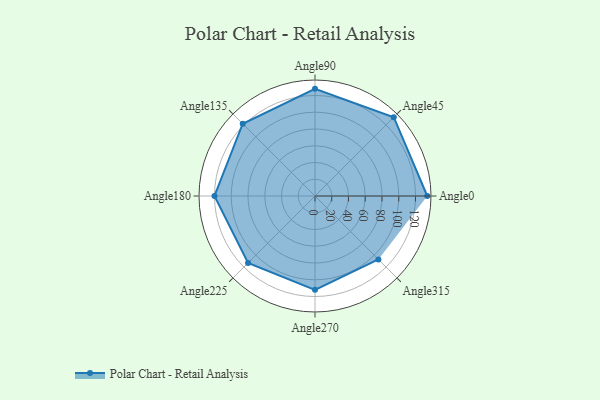
{"axis": {"x": "Angle", "y": "Radius"}, "legend": [""], "data": [{"x": "Angle0", "y": 134.0, "type": ""}, {"x": "Angle45", "y": 133.0, "type": ""}, {"x": "Angle90", "y": 128.0, "type": ""}, {"x": "Angle135", "y": 122.0, "type": ""}, {"x": "Angle180", "y": 120.0, "type": ""}, {"x": "Angle225", "y": 113.0, "type": ""}, {"x": "Angle270", "y": 112.0, "type": ""}, {"x": "Angle315", "y": 107.0, "type": ""}]}